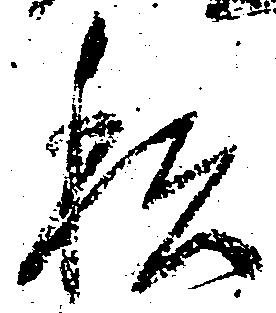
私